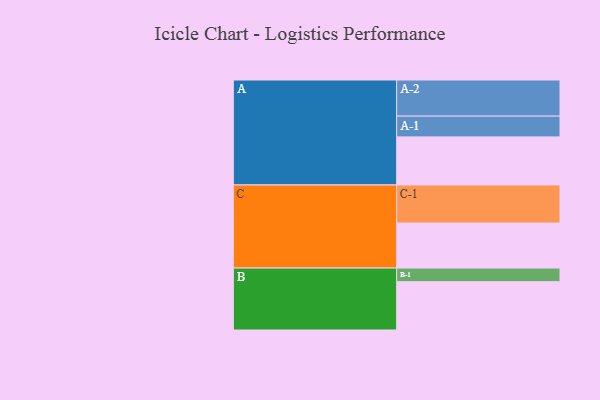
{"axis": {"x": "Segment", "y": "Value"}, "legend": ["", "A", "B", "C"], "data": [{"x": "A", "y": 354, "type": ""}, {"x": "B", "y": 356, "type": ""}, {"x": "C", "y": 332, "type": ""}, {"x": "A-1", "y": 153, "type": "A"}, {"x": "A-2", "y": 266, "type": "A"}, {"x": "B-1", "y": 100, "type": "B"}, {"x": "C-1", "y": 280, "type": "C"}]}